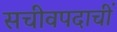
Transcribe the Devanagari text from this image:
सचीवपदाचीं